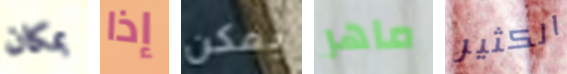
بمكان إذا يمكن ماهر الكثير